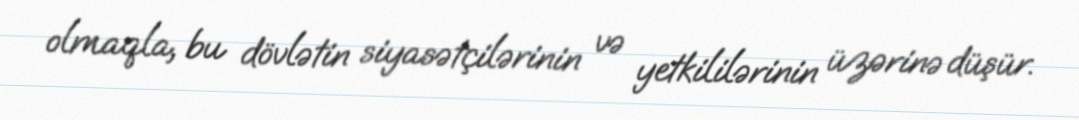
olmaqla, bu dövlətin siyasətçilərinin və yetkililərinin üzərinə düşür.